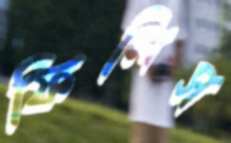
ফিলিস